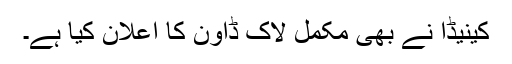
کینیڈا نے بھی مکمل لاک ڈاؤن کا اعلان کیا ہے۔